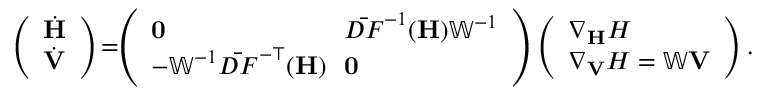
\begin{array} { r l } & { \left( \begin{array} { l } { \dot { \mathbf { H } } } \\ { \dot { \mathbf { V } } } \end{array} \right) \! = \! \! \left( \begin{array} { l l } { { \mathbf { 0 } } \! \! } & { \bar { D F } ^ { - 1 } ( { \mathbf H } ) { \mathbb { W } } ^ { - 1 } } \\ { - { \mathbb { W } } ^ { - 1 } \bar { D F } ^ { - \top } ( { \mathbf H } ) \! \! } & { { \mathbf 0 } } \end{array} \right) \left( \begin{array} { l } { \nabla _ { \mathbf { H } } H } \\ { \nabla _ { \mathbf { V } } H = \mathbb { W } { \mathbf V } } \end{array} \right) . } \end{array}